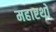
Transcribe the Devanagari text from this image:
महारथो